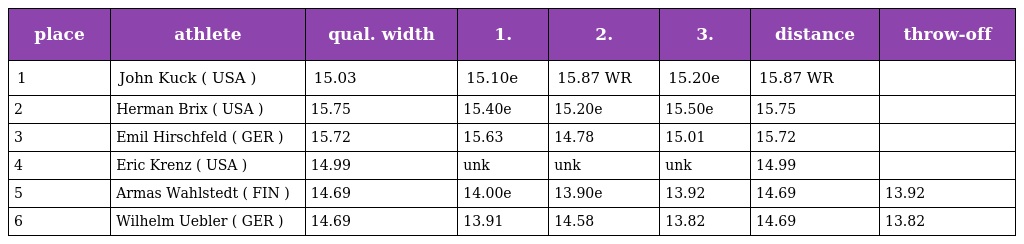
| place | athlete | qual. width | 1. | 2. | 3. | distance | throw-off |
 | --- | --- | --- | --- | --- | --- | --- | --- |
 | 1 | John Kuck ( USA ) | 15.03 | 15.10e | 15.87 WR | 15.20e | 15.87 WR |  |
 | 2 | Herman Brix ( USA ) | 15.75 | 15.40e | 15.20e | 15.50e | 15.75 |  |
 | 3 | Emil Hirschfeld ( GER ) | 15.72 | 15.63 | 14.78 | 15.01 | 15.72 |  |
 | 4 | Eric Krenz ( USA ) | 14.99 | unk | unk | unk | 14.99 |  |
 | 5 | Armas Wahlstedt ( FIN ) | 14.69 | 14.00e | 13.90e | 13.92 | 14.69 | 13.92 |
 | 6 | Wilhelm Uebler ( GER ) | 14.69 | 13.91 | 14.58 | 13.82 | 14.69 | 13.82 |